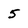
Character: 5